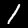
Label: 1